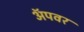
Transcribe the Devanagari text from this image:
अॅपवर